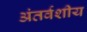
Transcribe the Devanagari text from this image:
अंतर्वशीय